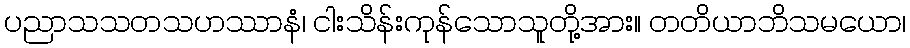
ပညာသသတသဟဿာနံ၊ ငါးသိန်းကုန်သောသူတို့အား။ တတိယာဘိသမယော၊